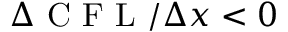
\Delta \mathrm { ~ C ~ F ~ L ~ } / \Delta x < 0